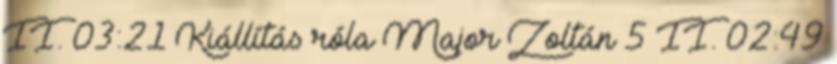
II. 03:21 Kiállítás róla Major Zoltán 5 II. 02:49